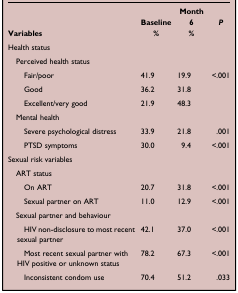
<table><thead><tr><td rowspan="2"><b>Variables</b></td><td><b>Baseline</b></td><td><b>Month 6</b></td><td><b><i>P</i></b></td></tr><tr><td><b>%</b></td><td><b>%</b></td><td><b> </b></td></tr></thead><tbody><tr><td colspan="4">Health status</td></tr><tr><td colspan="4"> Perceived health status</td></tr><tr><td>Fair/poor</td><td>41.9</td><td>19.9</td><td>&lt;.001</td></tr><tr><td>Good</td><td>36.2</td><td>31.8</td><td> </td></tr><tr><td>Excellent/very good</td><td>21.9</td><td>48.3</td><td> </td></tr><tr><td colspan="4"> Mental health</td></tr><tr><td>Severe psychological distress</td><td>33.9</td><td>21.8</td><td>.001</td></tr><tr><td>PTSD symptoms</td><td>30.0</td><td>9.4</td><td>&lt;.001</td></tr><tr><td colspan="4">Sexual risk variables</td></tr><tr><td colspan="4"> ART status</td></tr><tr><td>On ART</td><td>20.7</td><td>31.8</td><td>&lt;.001</td></tr><tr><td>Sexual partner on ART</td><td>11.0</td><td>12.9</td><td>&lt;.001</td></tr><tr><td colspan="4"> Sexual partner and behaviour</td></tr><tr><td>HIV non-disclosure to most recent sexual partner</td><td>42.1</td><td>37.0</td><td>&lt;.001</td></tr><tr><td>Most recent sexual partner with HIV positive or unknown status</td><td>78.2</td><td>67.3</td><td>&lt;.001</td></tr><tr><td>Inconsistent condom use</td><td>70.4</td><td>51.2</td><td>.033</td></tr></tbody></table>